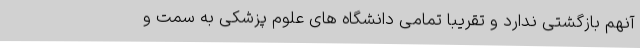
آنهم بازگشتی ندارد و تقریبا تمامی دانشگاه های علوم پزشکی به سمت و